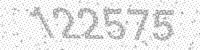
Solution: 122575